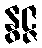
နွဇ္ဇ